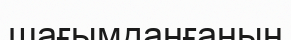
шағымданғанын